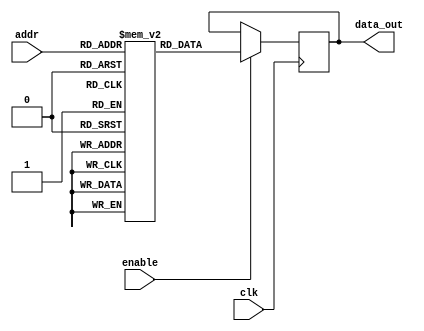
module Parameterized_ROM #(
    parameter ADDR_WIDTH = 4,  // Width of the address input
    parameter DATA_WIDTH = 8   // Width of the data output
) (
    input wire clk,            // Clock signal
    input wire [ADDR_WIDTH-1:0] addr,  // Address input
    input wire enable,         // Enable signal
    output reg [DATA_WIDTH-1:0] data_out // Data output
);

// Internal ROM storage
reg [DATA_WIDTH-1:0] rom [0:(1 << ADDR_WIDTH)-1];

// Initialization of ROM contents
initial begin
    // Example initialization (you can customize this part)
    rom[0] = 8'hAA; // Data at address 0
    rom[1] = 8'hBB; // Data at address 1
    rom[2] = 8'hCC; // Data at address 2
    rom[3] = 8'hDD; // Data at address 3
    rom[4] = 8'hEE; // Data at address 4
    rom[5] = 8'hFF; // Data at address 5
    rom[6] = 8'h00; // Data at address 6
    rom[7] = 8'h11; // Data at address 7
    // Add more initial values as needed based on ADDR_WIDTH
end

// Read operation
always @(posedge clk) begin
    if (enable) begin
        data_out <= rom[addr]; // Read data from ROM at the specified address
    end
end

endmodule